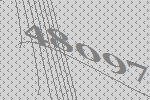
48097